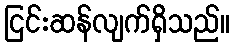
ငြင်းဆန်လျက်ရှိသည်။